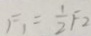
F _ { 1 } = \frac { 1 } { 2 } F _ { 2 }